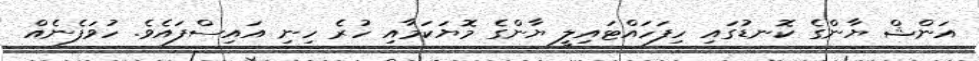
އަންޝް ޔާންގެ ކޮނޑުގައި ހިފަހައްޓައިލީ ޔާންގެ މޮޔަކަމާއި ހުރެ ހިނި އައިސްފައެވެ. ހުވަފެނެއް